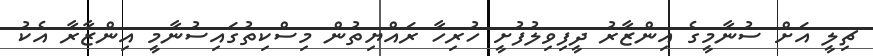
ޗިލީ އަށް ސުނާމީގެ އިންޒާރު ދީފިވިލުފުށީ ހުރިހާ ރައްޔިތުން މިސްކިތުގައިސުނާމީ އިންޒާރާ އެކު